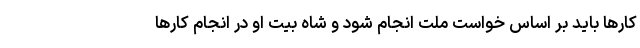
کارها باید بر اساس خواست ملت انجام شود و شاه بیت او در انجام کارها